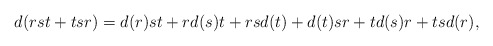
\begin{align*} d(rst+tsr)=d(r)st+rd(s)t+rsd(t)+d(t)sr+td(s)r+tsd(r),\end{align*}